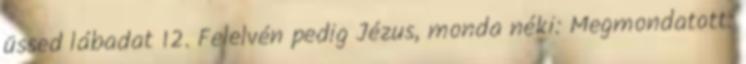
üssed lábadat 12. Felelvén pedig Jézus, monda néki: Megmondatott: